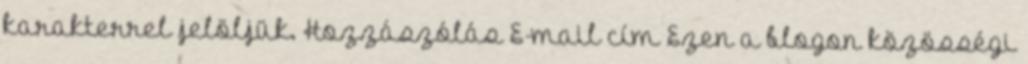
karakterrel jelöljük. Hozzászólás E-mail cím Ezen a blogon közösségi